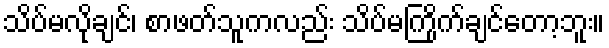
သိပ်မလိုချင်၊ စာဖတ်သူကလည်း သိပ်မကြိုက်ချင်တော့ဘူး။